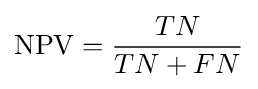
{\text{NPV}}={\frac {TN}{TN+FN}}